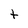
Character: t